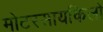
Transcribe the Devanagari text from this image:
मोटरसायकिलों